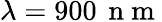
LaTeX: \lambda=900\, \mathrm{~n~m~}